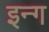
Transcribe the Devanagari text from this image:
इन्ग